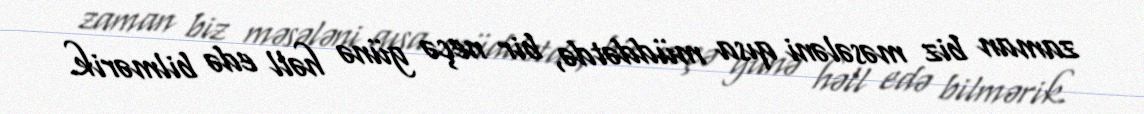
zaman biz məsələni qısa müddətdə, bir neçə günə həll edə bilmərik.